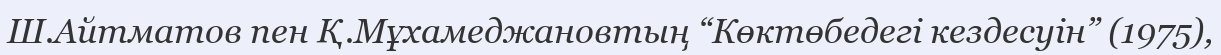
Ш.Айтматов пен Қ.Мұхамеджановтың “Көктөбедегі кездесуін” (1975),